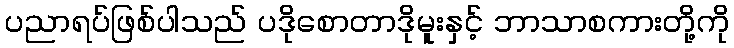
ပညာရပ်ဖြစ်ပါသည် ပဒိုစောတာဒိုမူးနှင့် ဘာသာစကားတို့ကို